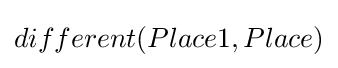
different(Place1,Place)